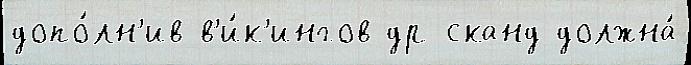
допо́лн'ив в'и́к'ингов др-сканд должна́